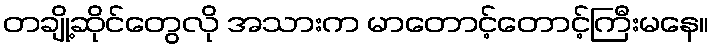
တချို့ဆိုင်တွေလို အသားက မာတောင့်တောင့်ကြီးမနေ။